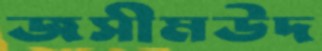
জসীমউদ